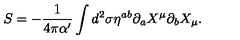
S = - \frac { 1 } { 4 \pi \alpha ^ { \prime } } \int d ^ { 2 } \sigma \eta ^ { a b } \partial _ { a } X ^ { \mu } \partial _ { b } X _ { \mu } .